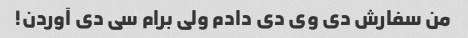
من سفارش دی وی دی دادم ولی برام سی دی آوردن!